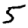
Digit: 5